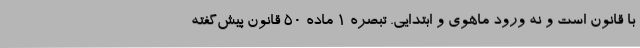
با قانون است و نه ورود ماهوی و ابتدایی. تبصره ۱ ماده ۵۰ قانون پیش‌گفته